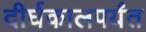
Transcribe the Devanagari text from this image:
दीर्घकालपर्यंत